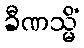
ခီဏသ္မိံ